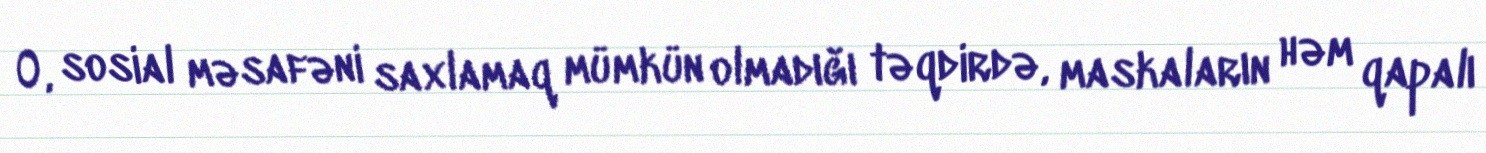
O, sosial məsafəni saxlamaq mümkün olmadığı təqdirdə, maskaların həm qapalı